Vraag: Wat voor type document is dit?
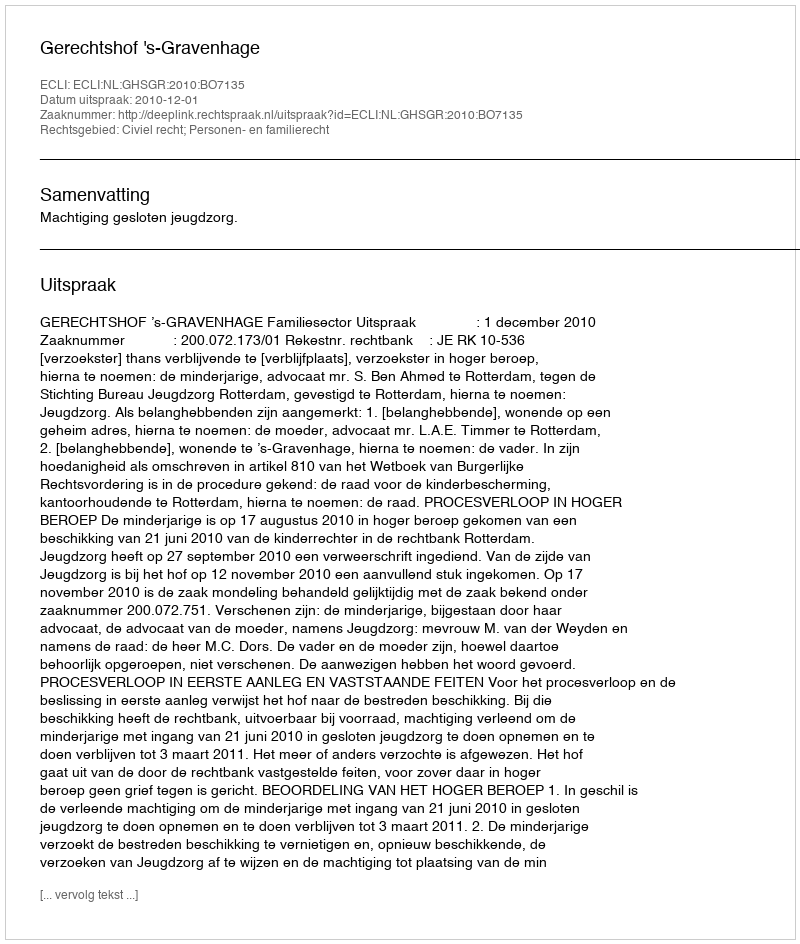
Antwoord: Uitspraak